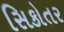
સિકોતર